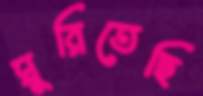
ঘুরিতেছি